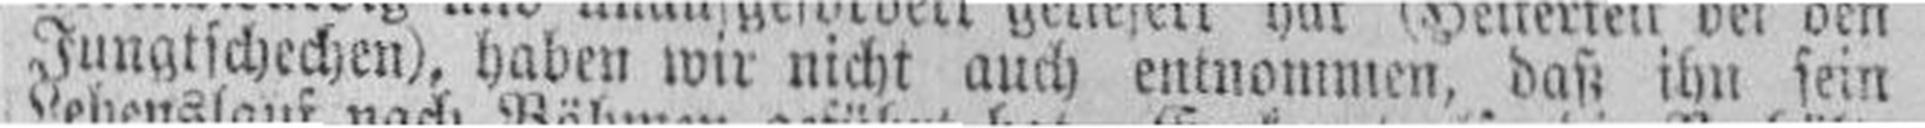
Jungtschechen), haben wir nicht auch entnommen, daß ihn sein